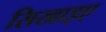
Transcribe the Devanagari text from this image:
सिखाइए